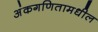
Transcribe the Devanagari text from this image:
अंकगणितामधील